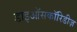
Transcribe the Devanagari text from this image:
डाइऑसकॉरिडीज़